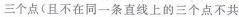
三个点(且不在同一条直线上的三个点不共